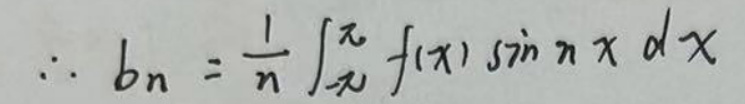
\[
\therefore b_{n}=\frac{1}{\pi}\int_{-\pi}^{\pi}f(x)\sin nx\mathrm{d}x
\]